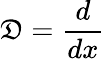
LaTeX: \mathfrak{D}={\frac{{d}}{{dx}}}